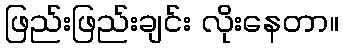
ဖြည်းဖြည်းချင်း လိုးနေတာ။